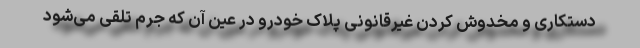
دستکاری و مخدوش کردن غیرقانونی پلاک خودرو در عین آن که جرم تلقی می‌شود